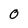
Character: 0